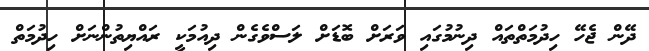
ދޭން ޖެހޭ ހިދުމަތްތައް ދިނުމުގައި ވަރަށް ބޮޑަށް ލަސްވެގެން ދިއުމަކީ ރައްޔިތުންނަށް ހިދުމަތް